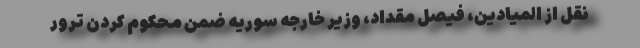
نقل از المیادین، فیصل مقداد، وزیر خارجه سوریه ضمن محکوم کردن ترور